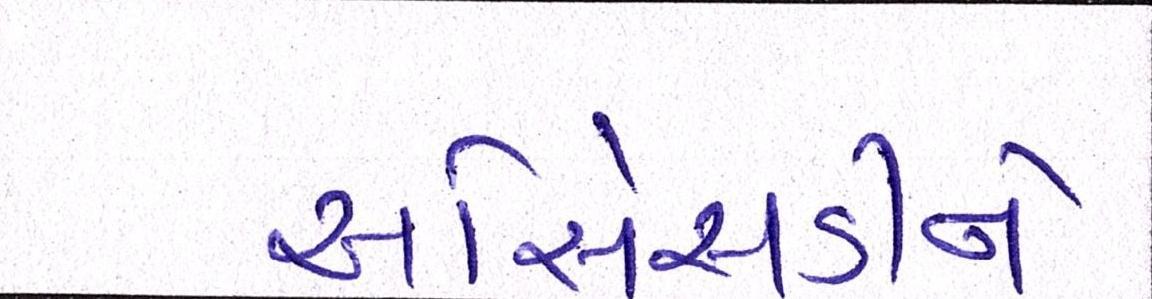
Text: ઓએસડીને